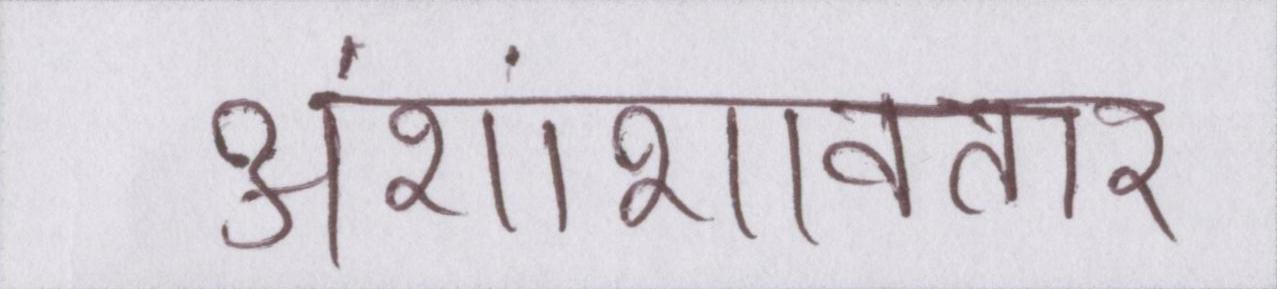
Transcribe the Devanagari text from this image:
अंशांशावतार